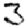
Digit: 3